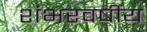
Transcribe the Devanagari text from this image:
शंभरवर्षीय